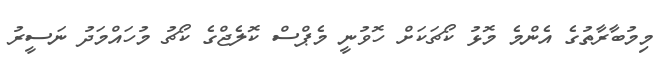
މިމުބާރާތުގެ އެންމެ މޮޅު ކޯޗަކަށް ހޮވުނީ މެޕްސް ކޮލެޖްގެ ކޯޗު މުހައްމަދު ނަސީރު